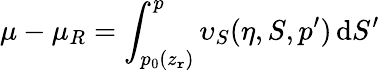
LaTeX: \mu-\mu_{R}=\int_{p_{0}(z_{\mathtt{r}})}^{p}\upsilon_{S}(\eta,S,p^{\prime})\, \mathrm{{d}}S^{\prime}